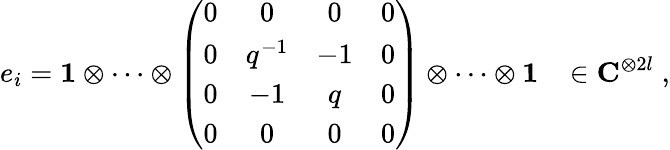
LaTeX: e_{i}={\mathbf 1}\otimes\cdots\otimes\left(\begin{array}{cccc}{{0}}&{{0}}&{{0}}&{{0}}\\ {{0}}&{{q^{-1}}}&{{-1}}&{{0}}\\ {{0}}&{{-1}}&{{q}}&{{0}}\\ {{0}}&{{0}}&{{0}}&{{0}}\end{array}\right)\otimes\cdots\otimes{\mathbf 1}\; \; \; \in{\mathbf C}^{\otimes 2l}\; ,